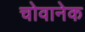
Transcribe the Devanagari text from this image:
चोवानेक